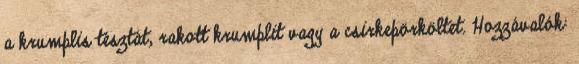
a krumplis tésztát, rakott krumplit vagy a csirkepörköltet. Hozzávalók: